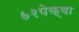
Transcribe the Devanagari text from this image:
७२पेक्षा